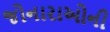
જોનારાઓની